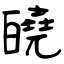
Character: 皢